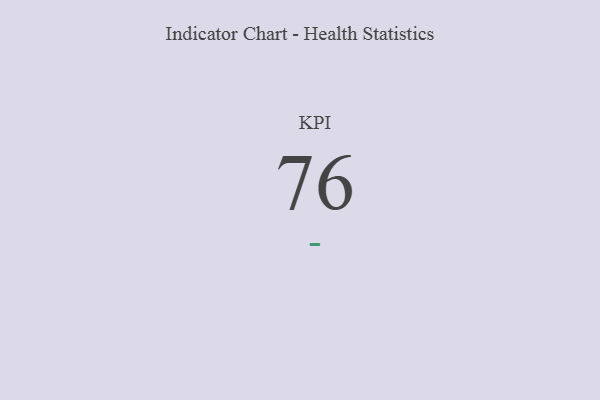
{"axis": {"x": "KPI", "y": "Value"}, "legend": [""], "data": [{"x": "KPI", "y": 76, "type": ""}]}